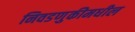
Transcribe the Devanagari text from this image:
निवडणुकीमधील